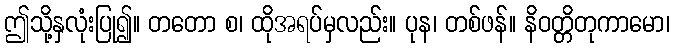
ဤသို့နှလုံးပြု၍။ တတော စ၊ ထိုအရပ်မှလည်း။ ပုန၊ တစ်ဖန်။ နိဝတ္တိတုကာမော၊